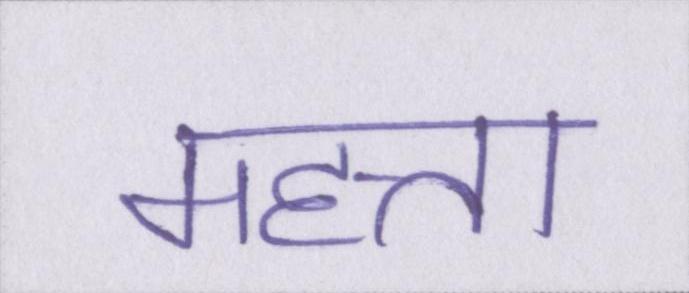
महत्ता